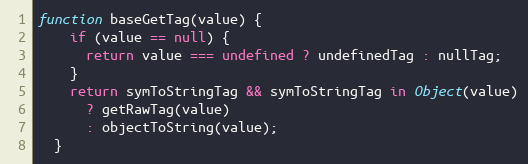
Language: JavaScript
function baseGetTag(value) {
    if (value == null) {
      return value === undefined ? undefinedTag : nullTag;
    }
    return symToStringTag && symToStringTag in Object(value)
      ? getRawTag(value)
      : objectToString(value);
  }